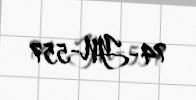
74-YN-557